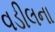
વડીલના